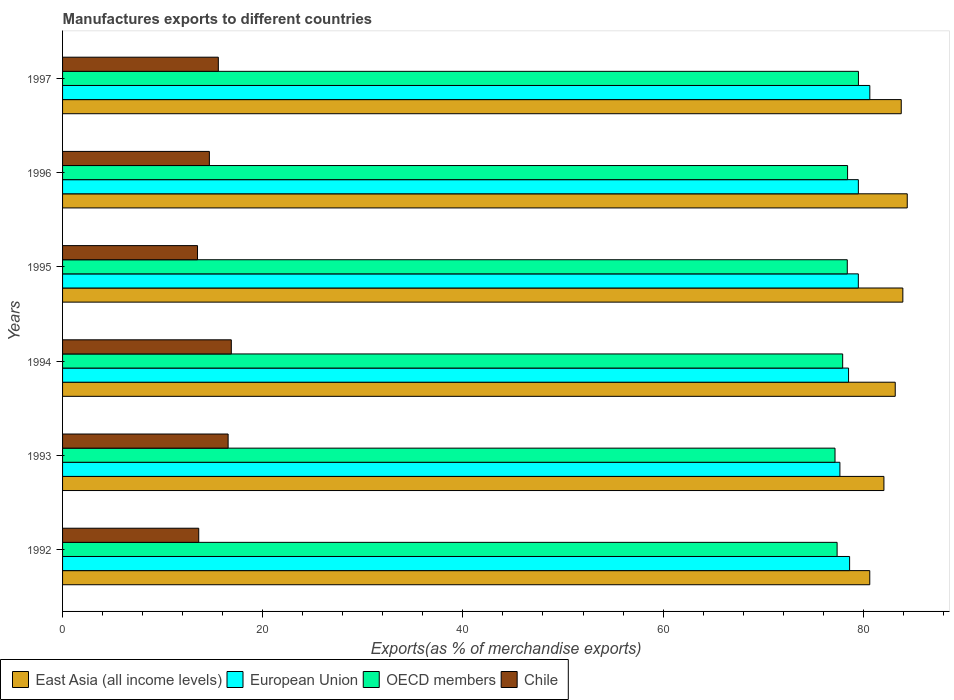
| Years | East Asia (all income levels) | European Union | OECD members | Chile |
 | --- | --- | --- | --- | --- |
 | 1992 | 80.7 | 78.6 | 77.4 | 13.6 |
 | 1993 | 82.1 | 77.7 | 77.2 | 16.5 |
 | 1994 | 83.2 | 78.5 | 77.9 | 16.9 |
 | 1995 | 84 | 79.5 | 78.4 | 13.5 |
 | 1996 | 84.4 | 79.5 | 78.4 | 14.7 |
 | 1997 | 83.8 | 80.7 | 79.5 | 15.6 |